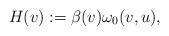
LaTeX: \begin{align*}H(v):=\beta(v)\omega_0(v,u),\end{align*}